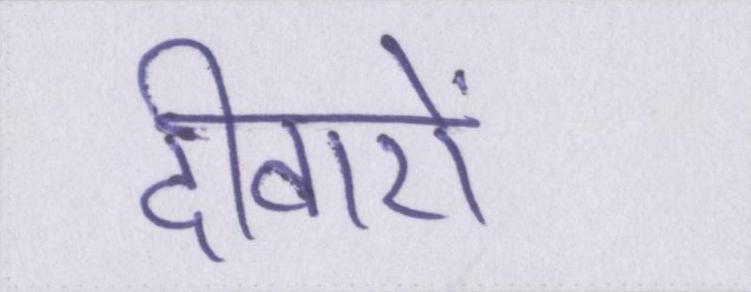
दीवारों